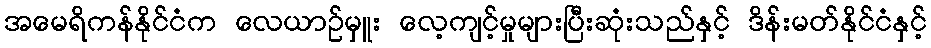
အမေရိကန်နိုင်ငံက လေယာဉ်မှူး လေ့ကျင့်မှုများပြီးဆုံးသည်နှင့် ဒိန်းမတ်နိုင်ငံနှင့်